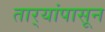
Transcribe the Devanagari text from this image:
तार्‍यांपासून